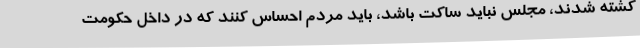
کشته شدند، مجلس نباید ساکت باشد، باید مردم احساس کنند که در داخل حکومت